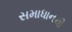
સમાધાનથી